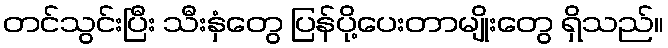
တင်သွင်းပြီး သီးနှံတွေ ပြန်ပို့ပေးတာမျိုးတွေ ရှိသည်။